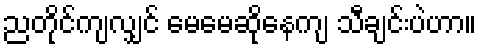
ညတိုင်ကျလျှင် မေမေဆိုနေကျ သီချင်းပဲဟာ။